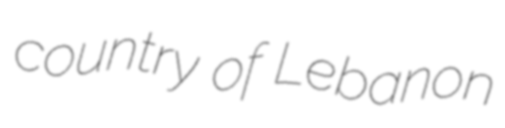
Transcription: country of Lebanon